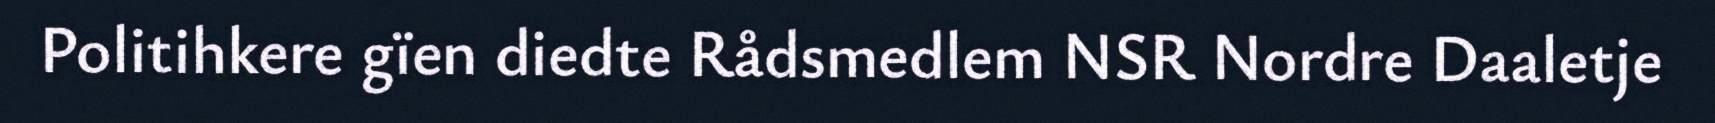
Politihkere gïen diedte Rådsmedlem NSR Nordre Daaletje